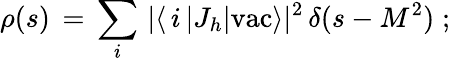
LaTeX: \rho(s)\, =\, \sum_{i}\, |\langle\, i\, |J_{h}|\mathrm{vac}\rangle|^{2}\, \delta(s-M^{2})\; ;